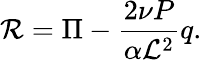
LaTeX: {\cal R}=\Pi-\frac{2\nu P}{\alpha{\cal L}^{2}}q.